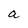
Character: a